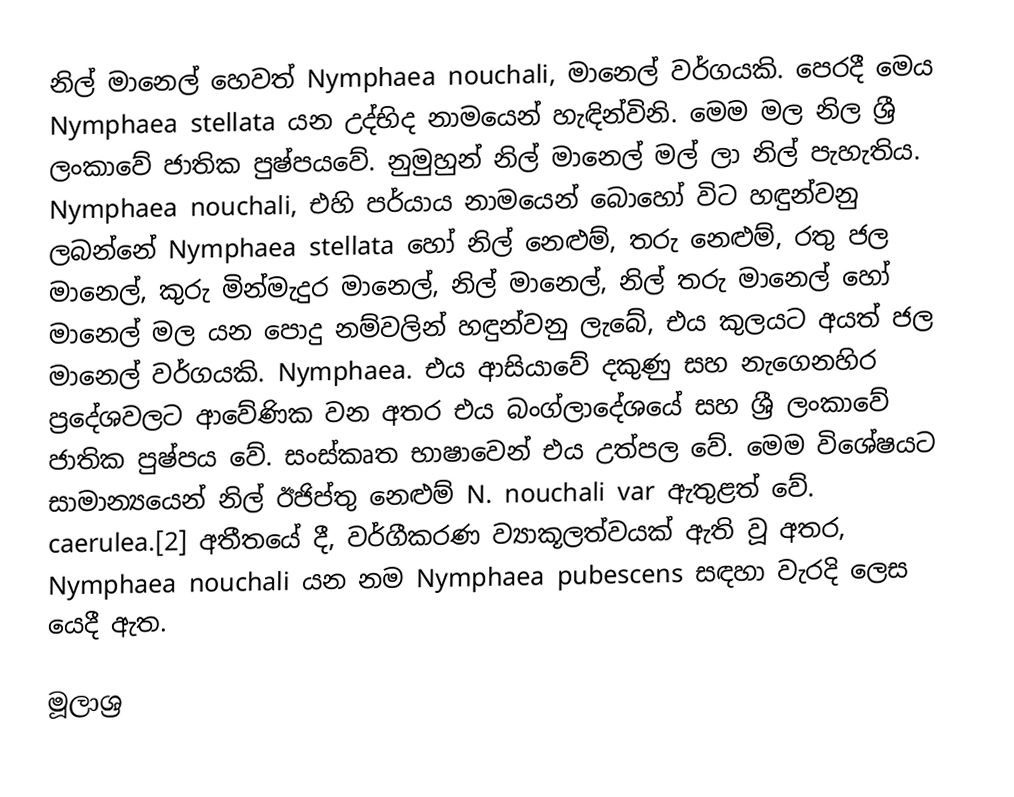
නිල් මානෙල් හෙවත් Nymphaea nouchali, මානෙල් වර්ගයකි. පෙරදී මෙය  Nymphaea stellata යන උද්භිද නාමයෙන් හැඳින්විනි. මෙම මල නිල ශ්‍රී ලංකාවේ ජාතික පුෂ්පයවේ. නුමුහුන් නිල් මානෙල් මල් ලා නිල් පැහැතිය. Nymphaea nouchali, එහි පර්යාය නාමයෙන් බොහෝ විට හඳුන්වනු ලබන්නේ Nymphaea stellata හෝ නිල් නෙළුම්, තරු නෙළුම්, රතු ජල මානෙල්, කුරු මින්මැදුර මානෙල්, නිල් මානෙල්, නිල් තරු මානෙල් හෝ මානෙල් මල යන පොදු නම්වලින් හඳුන්වනු ලැබේ, එය කුලයට අයත් ජල මානෙල් වර්ගයකි. Nymphaea. එය ආසියාවේ දකුණු සහ නැගෙනහිර ප්‍රදේශවලට ආවේණික වන අතර එය බංග්ලාදේශයේ සහ ශ්‍රී ලංකාවේ ජාතික පුෂ්පය වේ. සංස්කෘත භාෂාවෙන් එය උත්පල වේ. මෙම විශේෂයට සාමාන්‍යයෙන් නිල් ඊජිප්තු නෙළුම් N. nouchali var ඇතුළත් වේ. caerulea.[2] අතීතයේ දී, වර්ගීකරණ ව්‍යාකූලත්වයක් ඇති වූ අතර, Nymphaea nouchali යන නම Nymphaea pubescens සඳහා වැරදි ලෙස යෙදී ඇත.

මූලාශ්‍ර